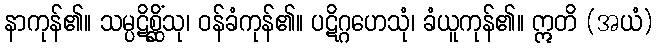
နာကုန်၏။ သမ္ပဋိစ္ဆိံသု၊ ဝန်ခံကုန်၏။ ပဋိဂ္ဂဟေသုံ၊ ခံယူကုန်၏။ ဣတိ (အယံ)